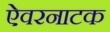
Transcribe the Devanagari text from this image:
ऐवरनाटक